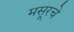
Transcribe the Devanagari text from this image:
मसूरचे